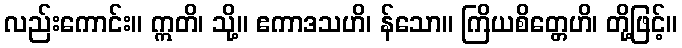
လည်းကောင်း။ ဣတိ၊ သို့။ ဧကာဒသဟိ၊ န်သော။ ကြိယစိတ္တေဟိ၊ တို့ဖြင့်။